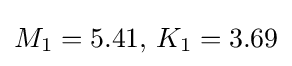
M_{1}=5.41{\text{, }}K_{1}=3.69